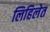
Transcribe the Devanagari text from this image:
लिहिलेत